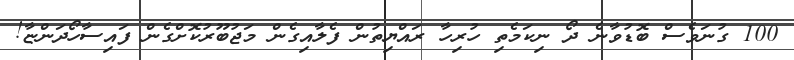
100 ގުނަވެސް ބޮޑުވާނެ ދޯ ނިކަމެތި ހުރިހާ ރައްޔިތުން ފެލާއިގެން މަޖުބޫރުކޮށްގެން ފައިސާހޯދަންޏާ!